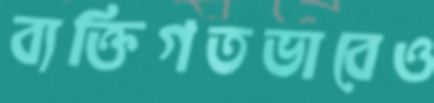
ব্যক্তিগতভাবেও